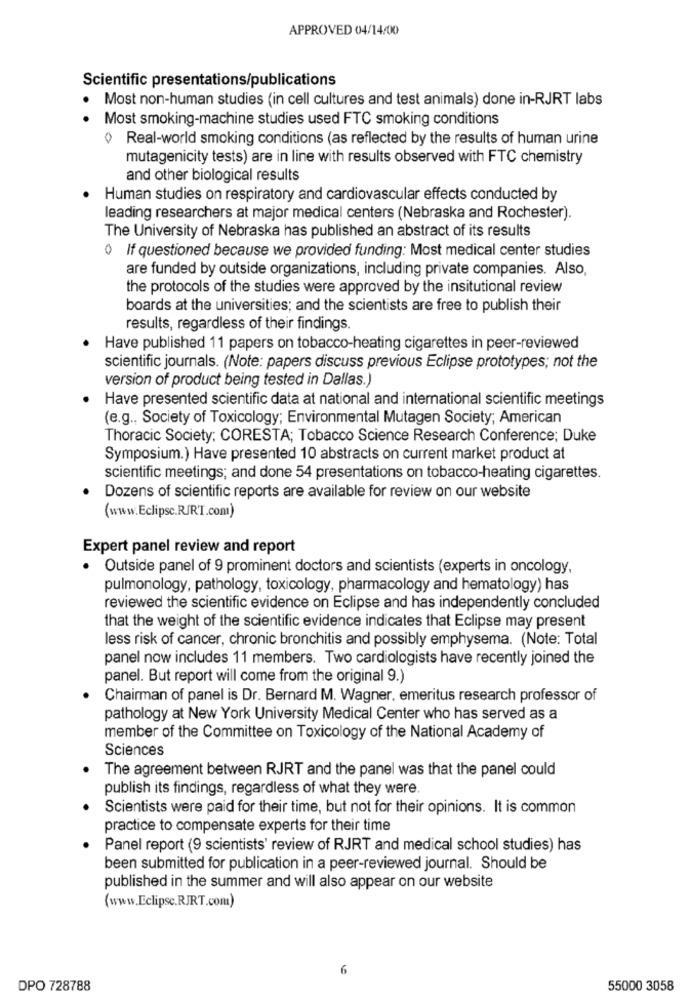
APPROVED 04/14/00
Scientific presentations/publications
Most non-human studies (in cell cultures and test animals) done in-RJRT labs
Most smoking-machine studies used FTC smoking conditions
0 Real-world smoking conditions (as reflected by the results of human urine
mutagenicity tests) are in line with results observed with FTC chemistry
and other biological results
Human studies on respiratory and cardiovascular effects conducted by
leading researchers at major medical centers (Nebraska and Rochester).
The University of Nebraska has published an abstract of its results
0 If questioned because we provided funding: Most medical center studies
are funded by outside organizations, including private companies. Also,
the protocols of the studies were approved by the insitutional review
boards at the universities; and the scientists are free to publish their
results, regardless of their findings.
Have published 11 papers on tobacco-heating cigarettes in peer-reviewed
scientific journals. (Note: papers discuss previous Eclipse prototypes; not the
version of product being tested in Dallas.)
Have presented scientific data at national and international scientific meetings
(e.g ., Society of Toxicology; Environmental Mutagen Society; American
Thoracic Society: CORESTA; Tobacco Science Research Conference; Duke
Symposium.) Have presented 10 abstracts on current market product at
scientific meetings; and done 54 presentations on tobacco-heating cigarettes.
Dozens of scientific reports are available for review on our website
(www.Eclipsc.R/R'T.com)
Expert panel review and report
· Outside panel of 9 prominent doctors and scientists (experts in oncology,
pulmonology, pathology, toxicology, pharmacology and hematology) has
reviewed the scientific evidence on Eclipse and has independently concluded
that the weight of the scientific evidence indicates that Eclipse may present
less risk of cancer, chronic bronchitis and possibly emphysema. (Note: Total
panel now includes 11 members. Two cardiologists have recently joined the
panel. But report will come from the original 9.)
Chairman of panel is Dr. Bernard M. Wagner, emeritus research professor of
pathology at New York University Medical Center who has served as a
member of the Committee on Toxicology of the National Academy of
Sciences
The agreement between RJRT and the panel was that the panel could
publish its findings, regardless of what they were.
Scientists were paid for their time, but not for their opinions. It is common
practice to compensate experts for their time
Panel report (9 scientists' review of RJRT and medical school studies) has
been submitted for publication in a peer-reviewed journal. Should be
published in the summer and will also appear on our website
(www.Eclipse.RJRT.com)
6
DPO 728788
55000 3058